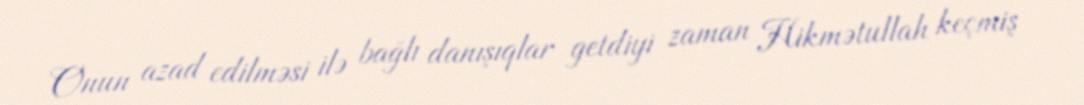
Onun azad edilməsi ilə bağlı danışıqlar getdiyi zaman Hikmətullah keçmiş